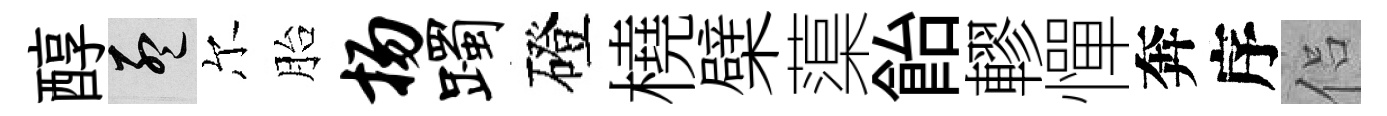
醇孟尔胎扬躅磴橈檗蕖飴轇憚奔序侣